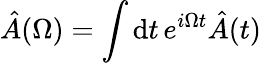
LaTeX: \hat{A}(\Omega)=\int\mathrm{d}t\, e^{i\Omega t}\hat{A}(t)